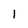
Character: 1